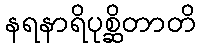
နရနာရိပုစ္ဆိတာတိ